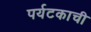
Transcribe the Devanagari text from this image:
पर्यटकाची